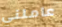
عاملني